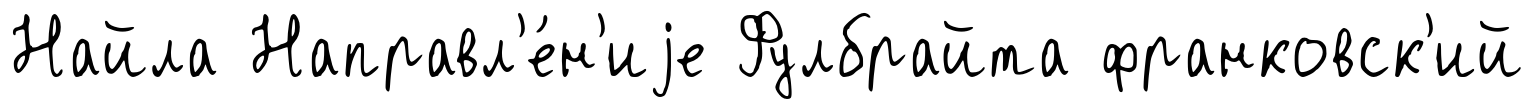
Найла Направл'е́н'иjе Фулбрайта франковск'ий